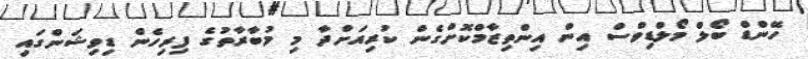
ހޭންޑް ބޯލް މޯލްޑިވްސް އިން އިންތިޒާމްކޮށްގެން ކުރިއަށްދާ މި މުބާރާތުގެ ފިރިހެން ޑިވިޝަންގައި